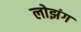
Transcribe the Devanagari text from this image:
लोझंग